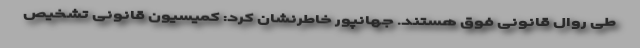
طی روال قانونی فوق هستند. جهانپور خاطرنشان کرد: کمیسیون قانونی تشخیص